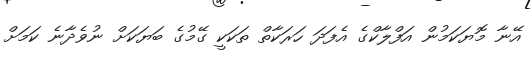
އޭނާ މޮޔަކަމުން އަފްލާކްގެ އެފަދަ ހަރަކާތް ތަކަކީ ގޭމުގެ ބަޔަކަށް ނުވެދާނެ ކަމަށް